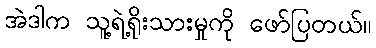
အဲဒါက သူ့ရဲ့ရိုးသားမှုကို ဖော်ပြတယ်။